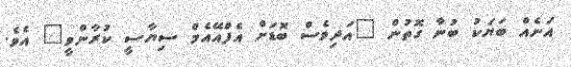
އަނެއް ބަޔަކު ބުނާ ގޮތުން "އަދިވެސް ބޮޑަށް އެފްއޭއެމް ސިޔާސީ ކުރާންވީ" އެވެ.